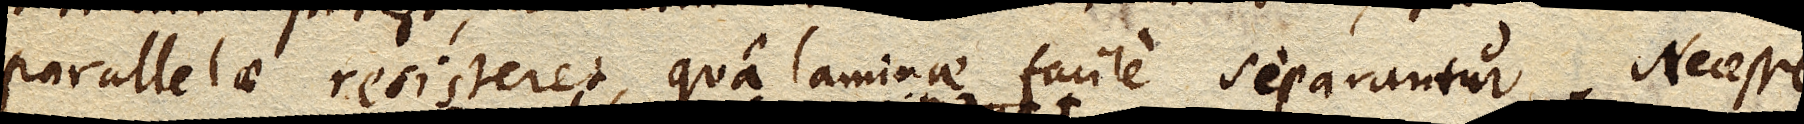
parallelae resisteret, qua laminae facile separantur. Necesse